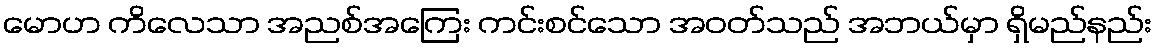
မောဟ ကိလေသာ အညစ်အကြေး ကင်းစင်သော အဝတ်သည် အဘယ်မှာ ရှိမည်နည်း